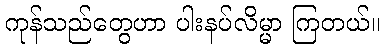
ကုန်သည်တွေဟာ ပါးနပ်လိမ္မာ ကြတယ်။